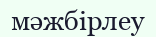
мәжбірлеу